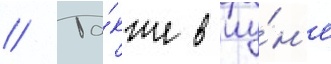
// Та́кже в иу́н'е